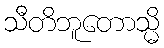
သီတိဘူတောသ္မိ